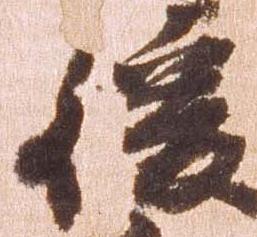
後